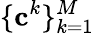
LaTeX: \{ \mathbf{c}^{k}\} _{k=1}^{M}